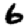
Digit: 6